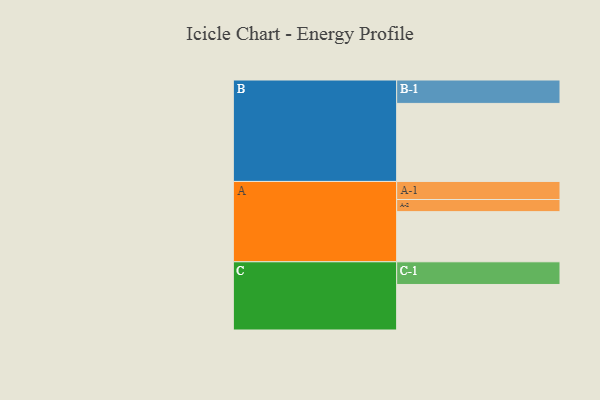
{"axis": {"x": "Segment", "y": "Value"}, "legend": ["", "A", "B", "C"], "data": [{"x": "A", "y": 347, "type": ""}, {"x": "B", "y": 540, "type": ""}, {"x": "C", "y": 315, "type": ""}, {"x": "A-1", "y": 125, "type": "A"}, {"x": "A-2", "y": 84, "type": "A"}, {"x": "B-1", "y": 162, "type": "B"}, {"x": "C-1", "y": 157, "type": "C"}]}